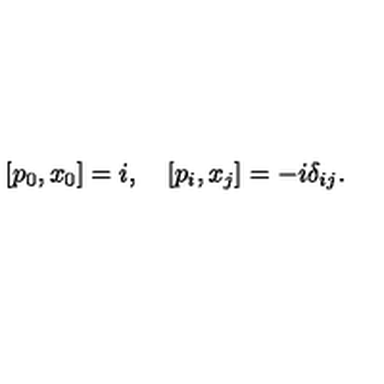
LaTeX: [ p _ { 0 } , x _ { 0 } ] = i , \quad [ p _ { i } , x _ { j } ] = - i \delta _ { i j } .